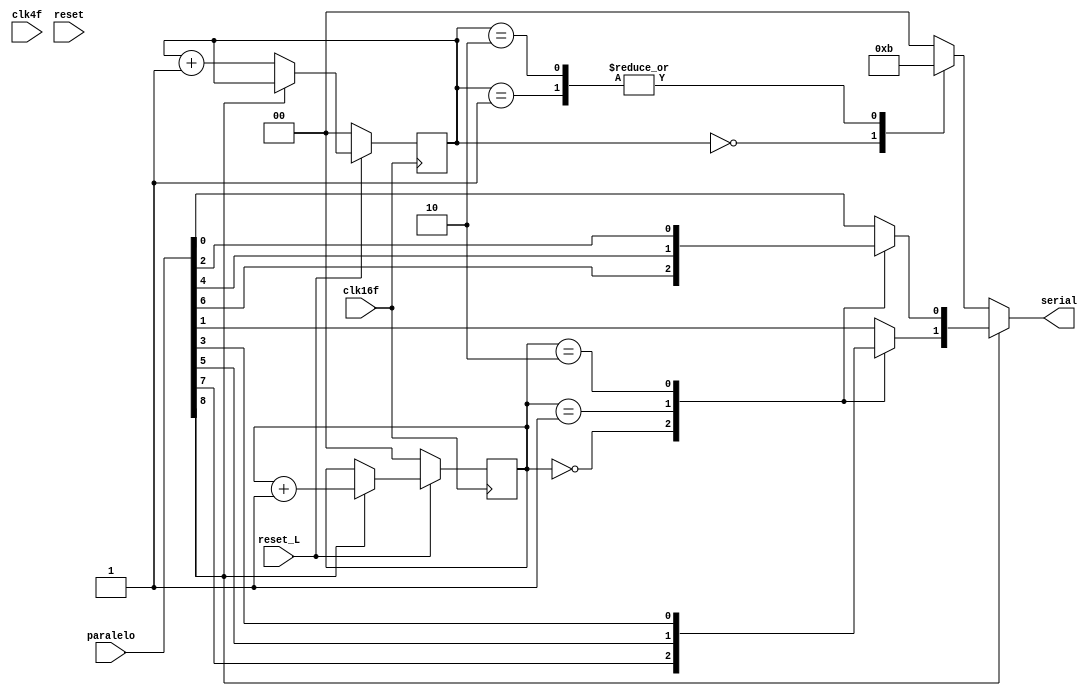
module ParaleloSerial	(	
							input 				clk16f,
							input 				clk4f,
							input 				reset,
							input 				reset_L,
							input [8:0] 		paralelo,
							output reg	[1:0]	serial
						);
	reg [1:0] counterbc;
	reg [1:0] counterdata;

	always @ (posedge clk16f) begin
		counterbc<= paralelo[8]==0 ? counterbc+1 : counterbc;
		counterdata<=  paralelo[8]==1 ? counterdata+1 : counterdata;
		if(!reset_L)begin
			counterbc<=0;
			counterdata<=0;
		end
	end
	
	always @(*) begin
	if(paralelo[8]==0)
	begin
		case(counterbc)
		2'b00:	serial = 2'b10;
		2'b01:	serial = 2'b11;
		2'b10:	serial = 2'b11;
		default:serial = 2'b00;
		endcase
	end
	else
	begin
		case(counterdata)
		2'b00: begin
			serial[1] = paralelo[7];
			serial[0] = paralelo[6];
			end

		2'b01: begin
			serial[1] = paralelo[5];
			serial[0] = paralelo[4];
			end

		2'b10: begin
			serial[1] = paralelo[3];
			serial[0] = paralelo[2];
		       end

		default: begin
			serial[1] = paralelo[1];
			serial[0] = paralelo[0];
			end
		endcase
		
	end
	end

endmodule